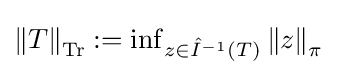
{\textstyle \left\|T\right\|_{\operatorname {Tr} }:=\inf _{z\in {\hat {I}}^{-1}\left(T\right)}\left\|z\right\|_{\pi }}